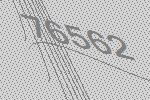
76562